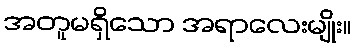
အတူမရှိသော အရာလေးမျိုး။